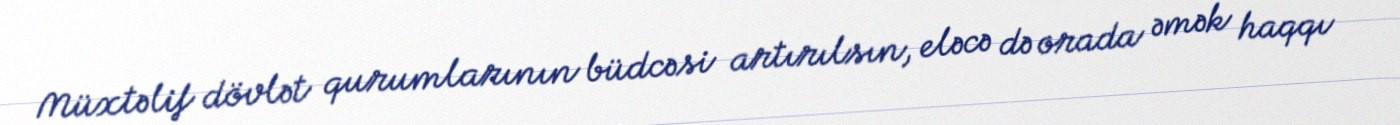
Müxtəlif dövlət qurumlarının büdcəsi artırılsın, eləcə də orada əmək haqqı